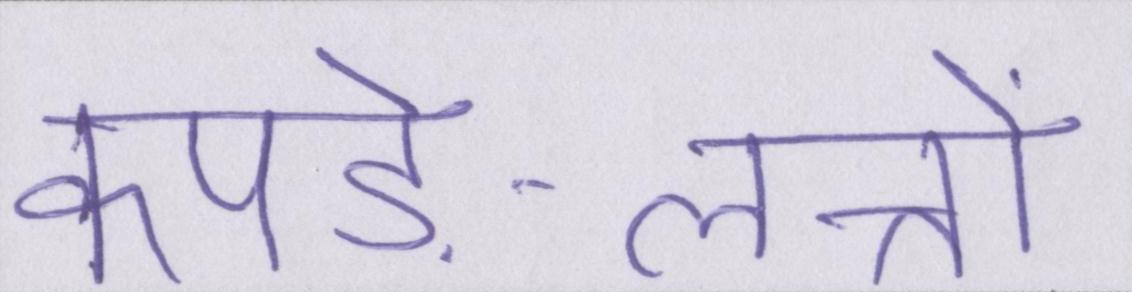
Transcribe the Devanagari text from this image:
कपड़े-लत्तों